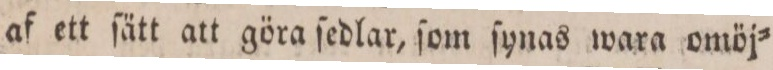
af ett ſätt att göra ſedlar, ſom ſynas wara omöj=